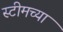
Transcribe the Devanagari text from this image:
स्टीमच्या